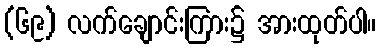
(၆၉) လက်ချောင်းကြား၌ အားထုတ်ပါ။